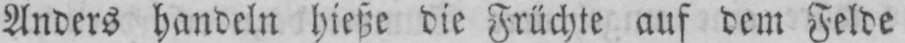
Anders handeln hieße die Früchte auf dem Felde